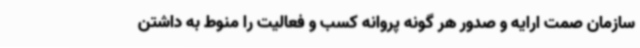
سازمان صمت ارایه و صدور هر گونه پروانه کسب و فعالیت را منوط به داشتن